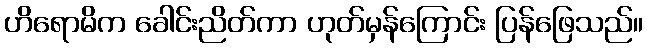
ဟိရောမိက ခေါင်းညိတ်ကာ ဟုတ်မှန်ကြောင်း ပြန်ဖြေသည်။